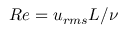
R e = { { u _ { r m s } } L } / { \nu }